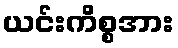
ယင်းကိစ္စအား